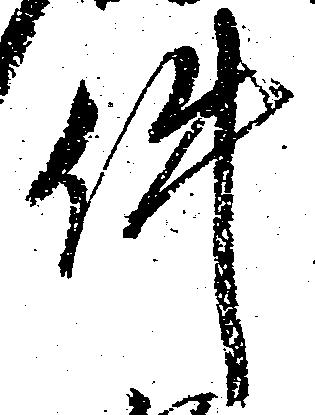
件